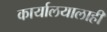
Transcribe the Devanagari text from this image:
कार्यालयालाही